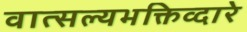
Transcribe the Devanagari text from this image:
वात्सल्यभक्तिव्दारे